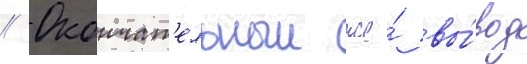
// Окончат'ельныи же́ вы́вод